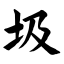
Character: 圾